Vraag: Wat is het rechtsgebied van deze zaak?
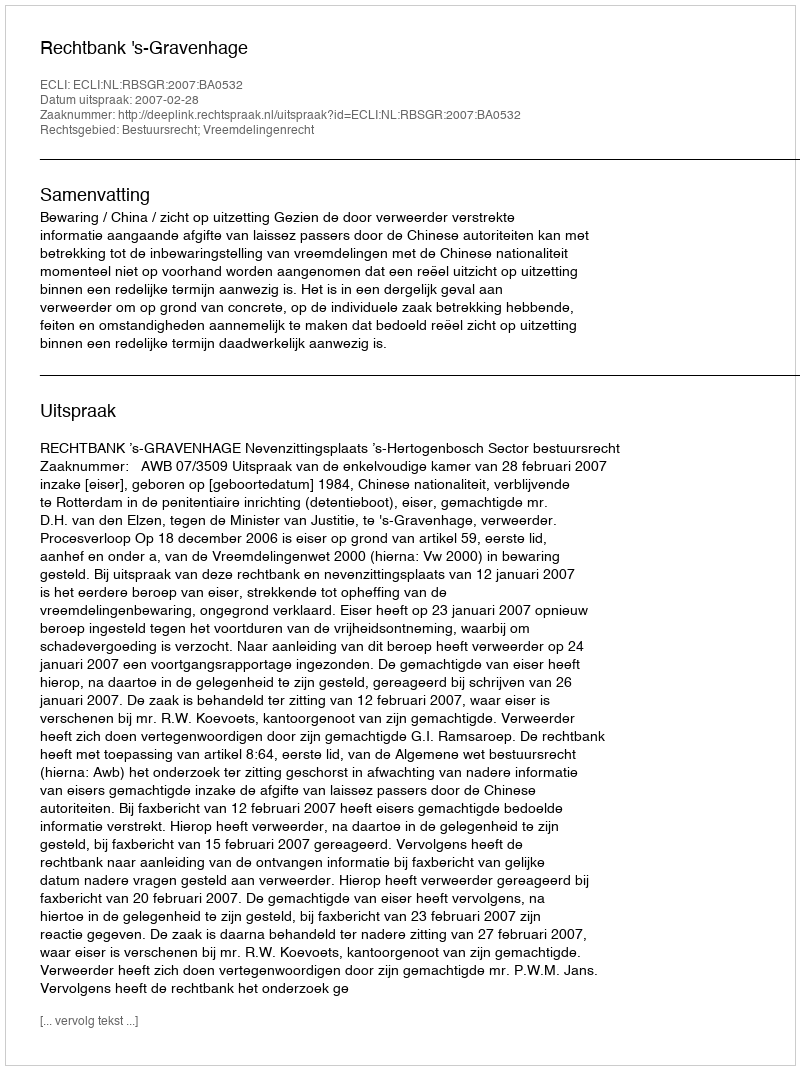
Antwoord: Bestuursrecht; Vreemdelingenrecht